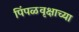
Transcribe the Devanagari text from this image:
पिंपळवृक्षाच्या